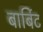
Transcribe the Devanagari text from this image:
बार्बिट